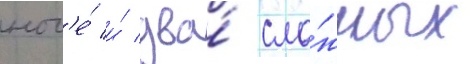
ног'е́ и́ два́ сло́жных